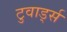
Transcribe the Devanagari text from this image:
टुवार्ड्स